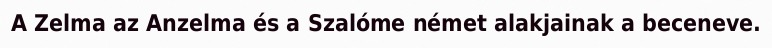
A Zelma az Anzelma és a Szalóme német alakjainak a beceneve.